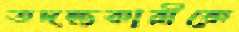
তদন্তকারীকে